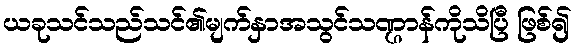
ယခုသင်သည်သင်၏မျက်နှာအသွင်သဏ္ဌာန်ကိုသိပြီ ဖြစ်၍